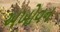
અખોવન